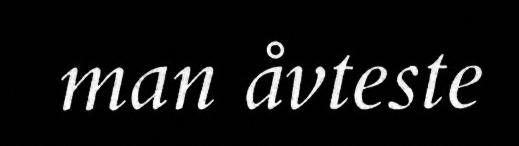
man åvteste